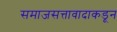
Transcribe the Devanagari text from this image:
समाजसत्तावादाकडून